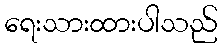
ရေးသားထားပါသည်